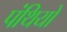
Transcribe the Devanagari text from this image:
पंथियो